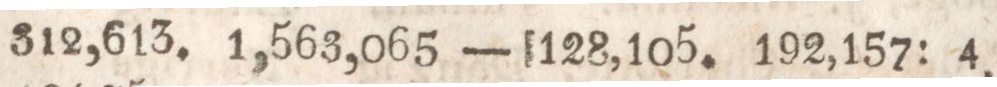
1829.    312,613.    1,563,065    — 128,105.    192,157: 4.